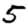
Digit: 5